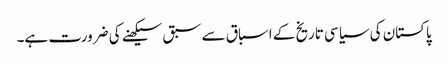
پاکستان کی سیاسی تاریخ کے اسباق سے سبق سیکھنے کی ضرورت ہے۔